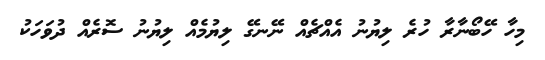
މިހާ ހޭބޯނާރާ ހުރެ ލިޔުނު އެއްޗެއް ނޭނގޭ ލިޔުމެއް ލިޔުނު ސޮރެއް ދުވަހަކު